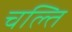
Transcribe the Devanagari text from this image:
चल्ति